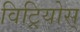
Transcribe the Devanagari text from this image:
विट्रियोस्